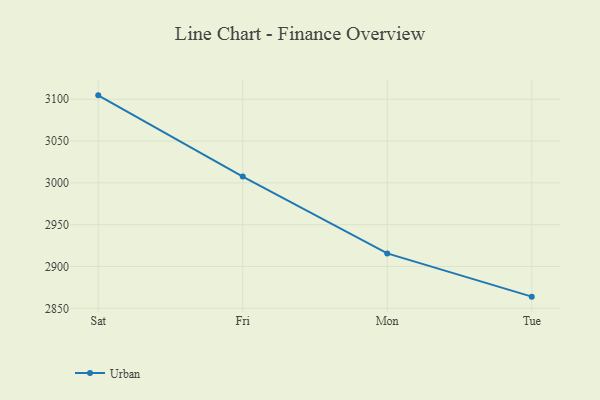
{"axis": {"x": "Day", "y": "Waste Production (Tons)"}, "legend": ["Urban"], "data": [{"x": "Sat", "y": 3104.6, "type": "Urban"}, {"x": "Fri", "y": 3007.5, "type": "Urban"}, {"x": "Mon", "y": 2915.7, "type": "Urban"}, {"x": "Tue", "y": 2864.0, "type": "Urban"}]}